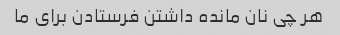
هر چی نان مانده داشتن فرستادن برای ما